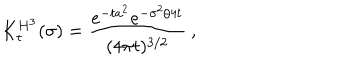
LaTeX: K _ { t } ^ { H ^ { 3 } } ( \sigma ) = \frac { e ^ { - t a ^ { 2 } } e ^ { - \sigma ^ { 2 } / 4 t } } { ( 4 \pi t ) ^ { 3 / 2 } } \: , \nonumber